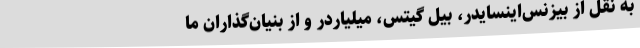
به نقل از بیزنس‌اینسایدر، بیل گیتس، میلیاردر و از بنیان‌گذاران ما